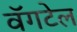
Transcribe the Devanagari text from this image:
वॅगटेल